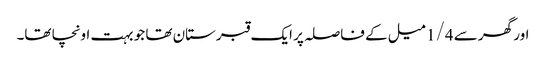
اور گھر سے 1/4 میل کے فاصلہ پر ایک قبرستان تھا جو بہت اونچا تھا۔